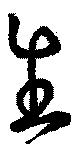
生